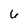
Character: 6